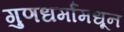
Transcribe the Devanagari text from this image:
गुणधर्मांमधून